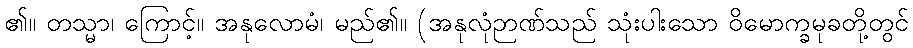
၏။ တသ္မာ၊ ကြောင့်။ အနုလောမံ၊ မည်၏။ (အနုလုံဉာဏ်သည် သုံးပါးသော ဝိမောက္ခမုခတို့တွင်